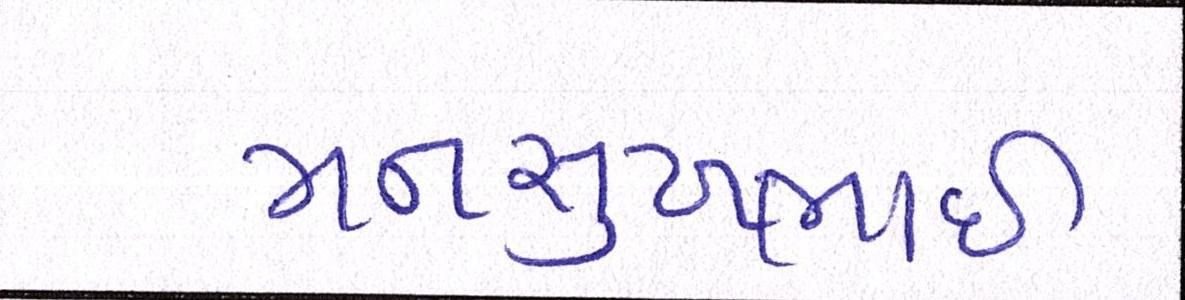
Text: મનસુખભાઈ